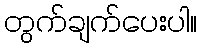
တွက်ချက်ပေးပါ။